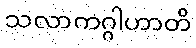
သလာကဂ္ဂါဟာတိ